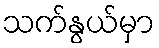
သက်နွယ်မှာ